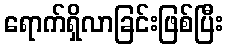
ရောက်ရှိလာခြင်းဖြစ်ပြီး